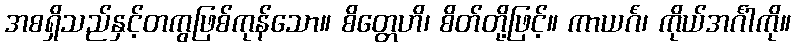
အစရှိသည်နှင့်တကွဖြစ်ကုန်သော။ စိတ္တေဟိ၊ စိတ်တို့ဖြင့်။ ကာယင်္ဂံ၊ ကိုယ်အင်္ဂါကို။